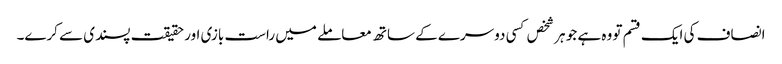
انصاف کی ایک قسم تو وہ ہے جو ہر شخص کسی دوسرے کے ساتھ معاملے میں راست بازی اور حقیقت پسندی سے کرے۔